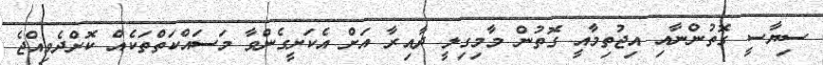
ސިޔާސީ ގޮތުންނާއި އިޖުތިމާއީ ގޮތުން މާމިގިލީ ދާއިރާ އަށް އެކަށީގެންވާ މަސައްކަތްތަކެއް ކޮށްދެވިއްޖެ